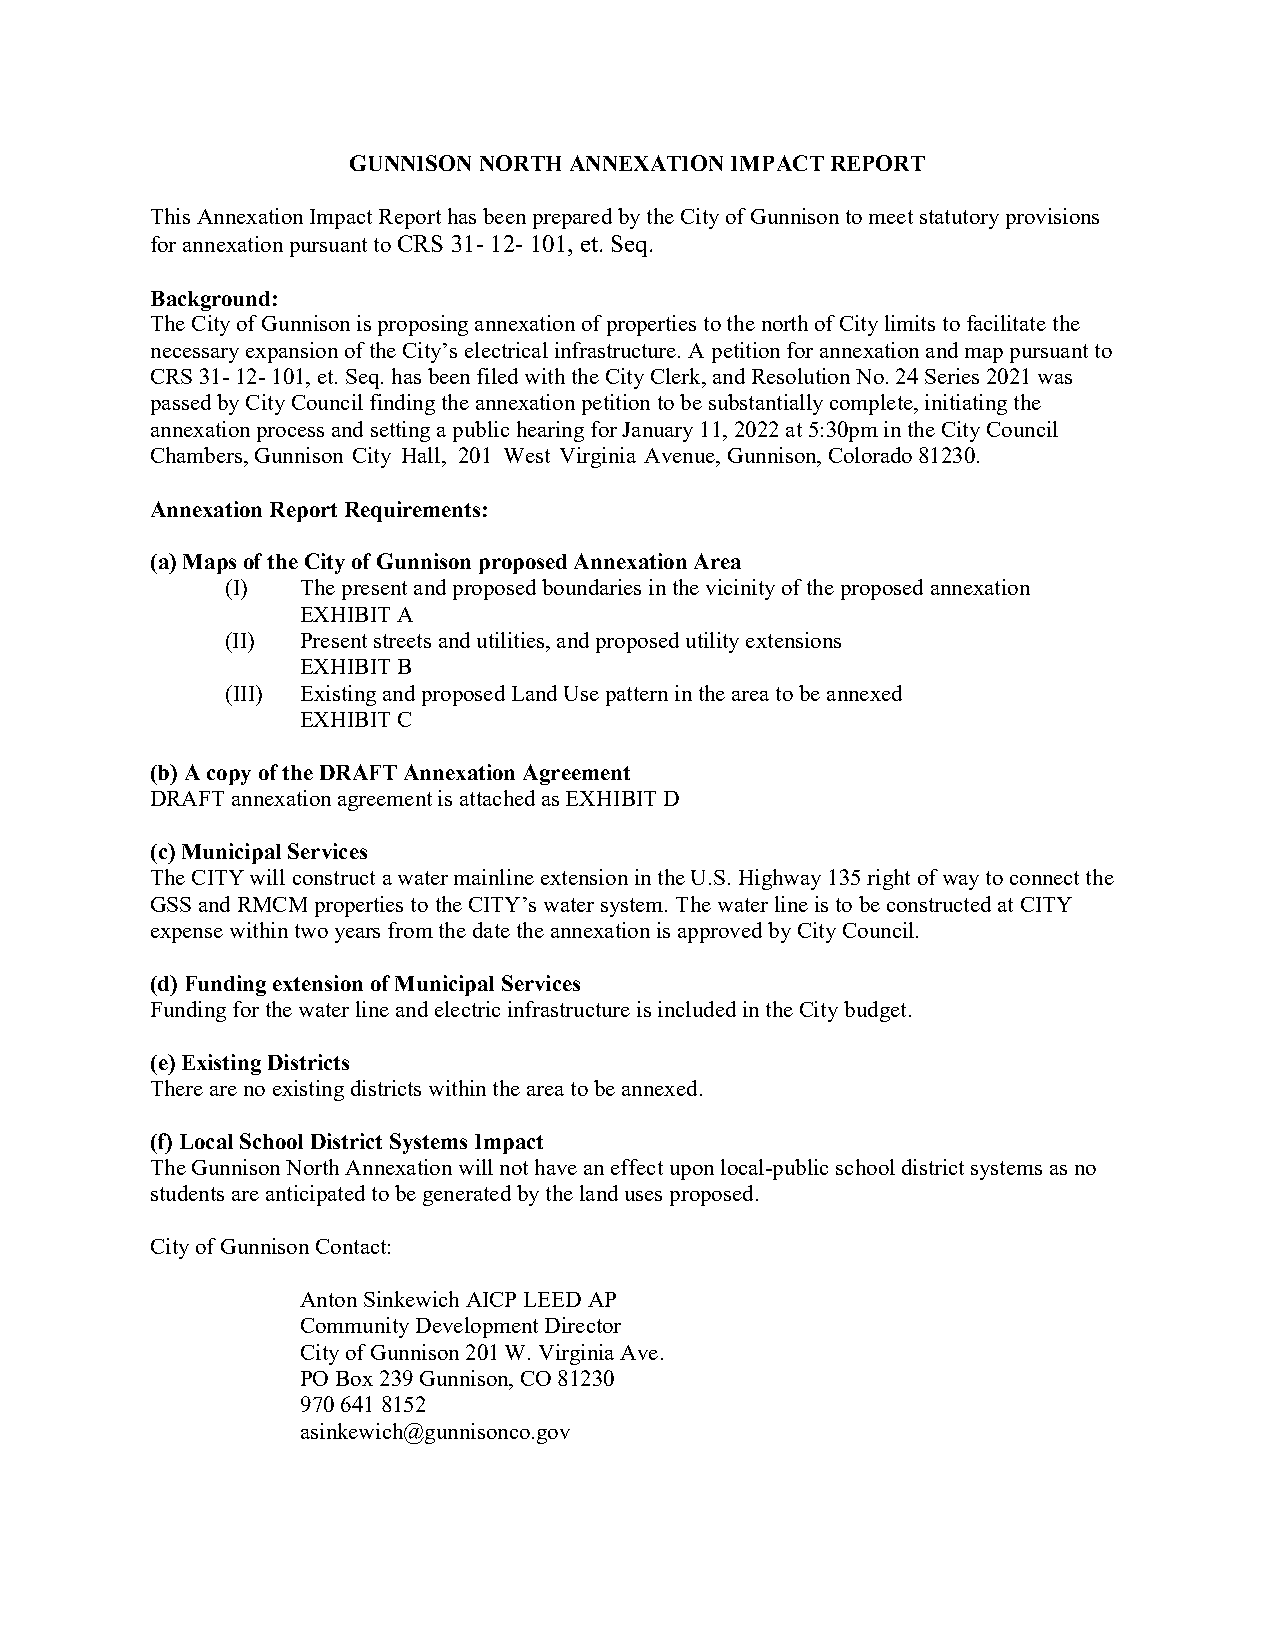
GUNNISON NORTH ANNEXATION IMPACT REPORT
 This Annexation Impact Report has been prepared by the City of Gunnison to meet statutory provisions
 for annexation pursuant to CRS 31- 12- 101, et. Seq.
 Background:
 The City of Gunnison is proposing annexation of properties to the north of City limits to facilitate the
 necessary expansion of the City’s electrical infrastructure. A petition for annexation and map pursuant to
 CRS 31- 12- 101, et. Seq. has been filed with the City Clerk, and Resolution No. 24 Series 2021 was
 passed by City Council finding the annexation petition to be substantially complete, initiating the
 annexation process and setting a public hearing for January 11, 2022 at 5:30pm in the City Council
 Chambers, Gunnison City Hall, 201 West Virginia Avenue, Gunnison, Colorado 81230.
 Annexation Report Requirements:
 (a) Maps of the City of Gunnison proposed Annexation Area
 (I)  The present and proposed boundaries in the vicinity of the proposed annexation
 EXHIBIT A
 (II) Present streets and utilities, and proposed utility extensions
 EXHIBIT B
 (III) Existing and proposed Land Use pattern in the area to be annexed
 EXHIBIT C
 (b) A copy of the DRAFT Annexation Agreement
 DRAFT annexation agreement is attached as EXHIBIT D
 (c) Municipal Services
 The CITY will construct a water mainline extension in the U.S. Highway 135 right of way to connect the
 GSS and RMCM properties to the CITY’s water system. The water line is to be constructed at CITY
 expense within two years from the date the annexation is approved by City Council.
 (d) Funding extension of Municipal Services
 Funding for the water line and electric infrastructure is included in the City budget.
 (e) Existing Districts
 There are no existing districts within the area to be annexed.
 (f) Local School District Systems Impact
 The Gunnison North Annexation will not have an effect upon local-public school district systems as no
 students are anticipated to be generated by the land uses proposed.
 City of Gunnison Contact:
 Anton Sinkewich AICP LEED AP
 Community Development Director
 City of Gunnison 201 W. Virginia Ave.
 PO Box 239 Gunnison, CO 81230
 970 641 8152
 asinkewich@gunnisonco.gov